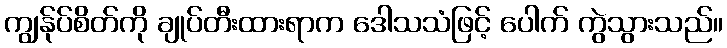
ကျွန်ုပ်စိတ်ကို ချုပ်တီးထားရာက ဒေါသသံဖြင့် ပေါက် ကွဲသွားသည်။